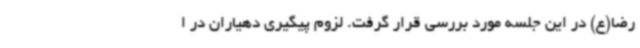
رضا(ع) در این جلسه مورد بررسی قرار گرفت. لزوم پیگیری دهیاران در ا